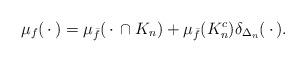
LaTeX: \begin{align*}\mu_f(\,\cdot\,) = \mu_{\bar{f}}(\,\cdot\,\cap K_n) + \mu_{\bar{f}}(K_n^c) \delta_{\Delta_n}(\,\cdot\,). \end{align*}